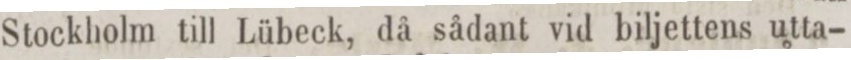
Stockholm till Lübeck, då sådant vid biljettens utta-